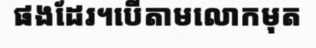
ផងដែរ។បើតាមលោកមុត